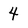
Character: 4